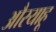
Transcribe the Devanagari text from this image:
औरयाहू